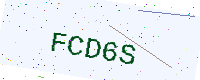
Text: FCD6S